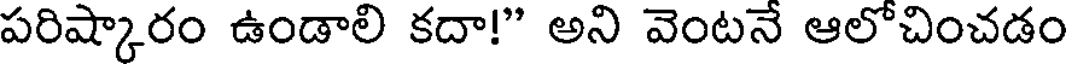
పరిష్కారం ఉండాలి కదా!" అని వెంటనే ఆలోచించడం